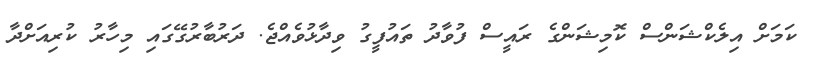
ކަމަށް އިލެކްޝަންސް ކޮމިޝަންގެ ރައީސް ފުވާދު ތައުފީގު ވިދާޅުވެއްޖެ. ދަރުބާރުގޭގައި މިހާރު ކުރިއަށްދާ